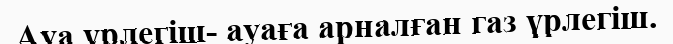
Ауа үрлегіш- ауаға арналған газ үрлегіш.